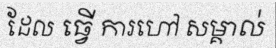
ដែល ធ្វើ ការហៅ សម្គាល់